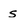
Character: s